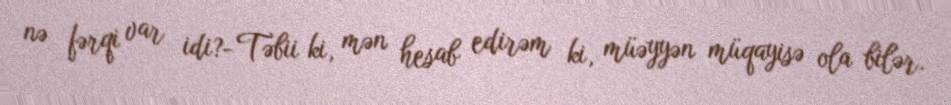
nə fərqi var idi?- Təbii ki, mən hesab edirəm ki, müəyyən müqayisə ola bilər.